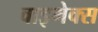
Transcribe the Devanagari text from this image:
वाइमेक्स